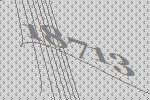
18713